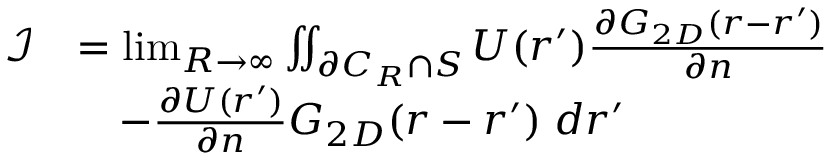
\begin{array} { r l } { \mathcal { I } } & { = \operatorname* { l i m } _ { R \to \infty } \iint _ { \partial C _ { R } \cap S } U ( \boldsymbol { r ^ { \prime } } ) \frac { \partial G _ { 2 D } ( \boldsymbol { r } - \boldsymbol { r ^ { \prime } } ) } { \partial n } } \\ & { \quad - \frac { \partial U ( \boldsymbol { r ^ { \prime } } ) } { \partial n } G _ { 2 D } ( \boldsymbol { r } - \boldsymbol { r ^ { \prime } } ) \; d \boldsymbol { r ^ { \prime } } } \end{array}